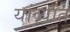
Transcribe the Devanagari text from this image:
यांव्यांत